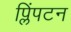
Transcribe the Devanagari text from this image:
प्लिंपटन